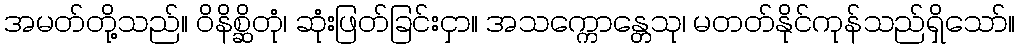
အမတ်တို့သည်။ ဝိနိစ္ဆိတုံ၊ ဆုံးဖြတ်ခြင်းငှာ။ အသက္ကောန္တေသု၊ မတတ်နိုင်ကုန်သည်ရှိသော်။